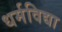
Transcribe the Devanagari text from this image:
धर्मविद्या